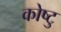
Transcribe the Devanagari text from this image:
कोष्टु